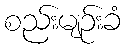
စည်းမျဉ်းခံ